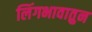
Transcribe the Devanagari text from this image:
लिंगभावातुन